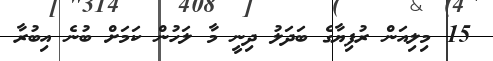
15 މިލިއަން ރުފިޔާގެ ބަދަލު ދިނީ މާ ލަހުން ކަމަށް ބުނެ އިބުރާ